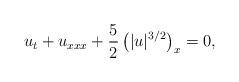
LaTeX: \begin{align*}u_t+u_{xxx}+\frac{5}{2}\left(|u|^{3/2}\right)_x=0,\end{align*}